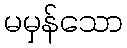
မမှန်သော